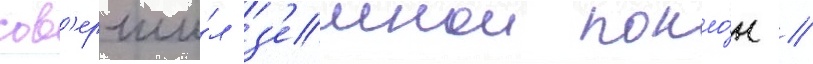
сов'ерши́л з'емнои покло́н //